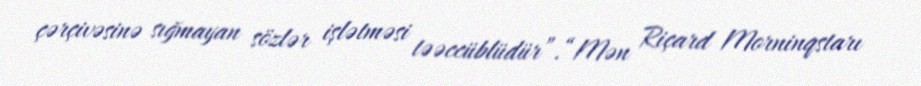
çərçivəsinə sığmayan sözlər işlətməsi təəccüblüdür”.“Mən Riçard Morninqstarı